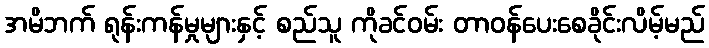
အမိဘက် ရုန်းကန်မှုများနှင့် စည်သူ ကိုခင်ဝမ်း တာဝန်ပေးစေခိုင်းလိမ့်မည်